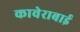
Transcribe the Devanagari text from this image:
कावेराबाई